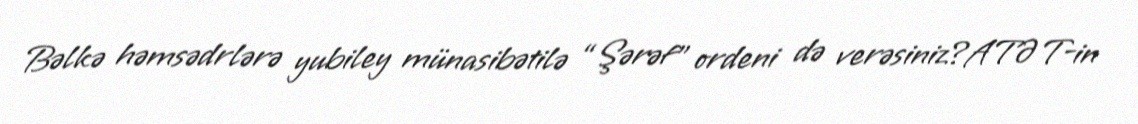
Bəlkə həmsədrlərə yubiley münasibətilə “Şərəf” ordeni də verəsiniz?ATƏT-in